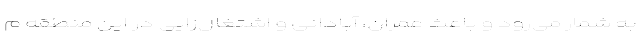
به شمار می‌رود و باعث عمران، آبادانی و اشتغال‌زایی در این منطقه م